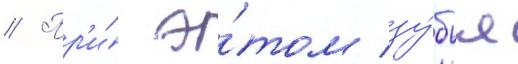
// Пр'и́ э́том зу́бья